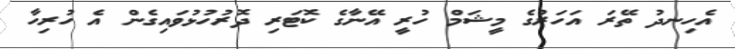
އެހިނދު ތޭރަ އަހަރުގެ މީޝަމް ހުރީ އޭނާގެ ކޮޓަރި ދޮރުހުޅުވައިގެން އެ ހުރިހާ